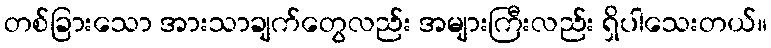
တစ်ခြားသော အားသာချက်တွေလည်း အများကြီးလည်း ရှိပါသေးတယ်။